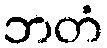
ဘတံ